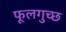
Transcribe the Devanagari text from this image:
फूलगुच्छ